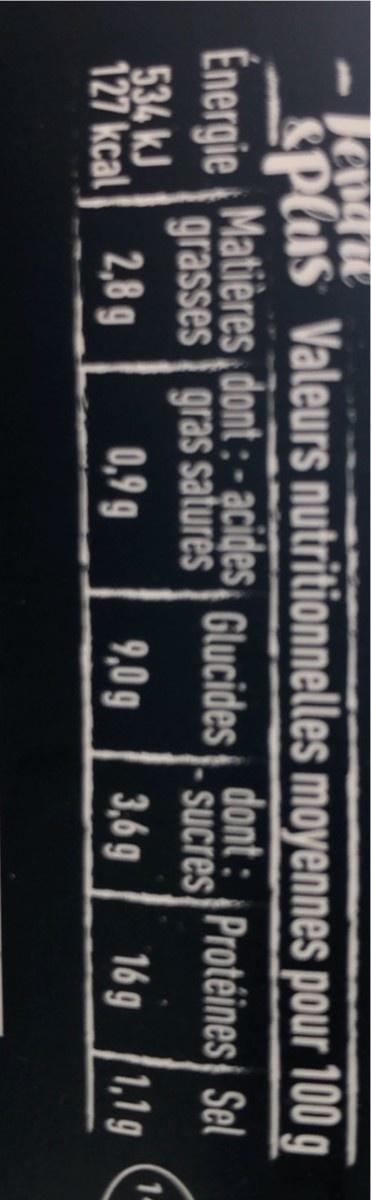
Tenge
Splus Valeurs nutritionnelles moyennes pour 100 g
Énergie Matières dont : - acides grasses gras saturës
dont : Protéines Sel Sucres
Glucides
534 kJ 127 kcal 2,8 g
1. 1,1 g
0,9 g
9,0g
3,6 g
16 g